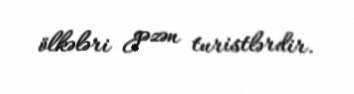
ölkələri gəzən turistlərdir.